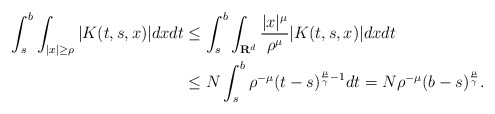
\begin{align*}\int_{s}^{b}\int_{|x|\geq\rho}|K(t,s,x)|dxdt & \leq\int_{s}^{b}\int_{\mathbf{R}^{d}}\frac{|x|^{\mu}}{\rho^{\mu}}|K(t,s,x)|dxdt\\ & \leq N\int_{s}^{b}\rho^{-\mu}(t-s)^{\frac{\mu}{\gamma}-1}dt =N\rho^{-\mu}(b-s)^{\frac{\mu}{\gamma}}.\end{align*}